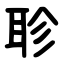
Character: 聄